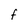
Character: F